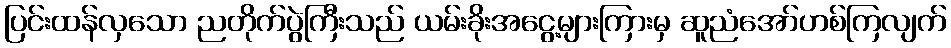
ပြင်းထန်လှသော ညတိုက်ပွဲကြီးသည် ယမ်းခိုးအငွေ့များကြားမှ ဆူညံအော်ဟစ်ကြလျက်